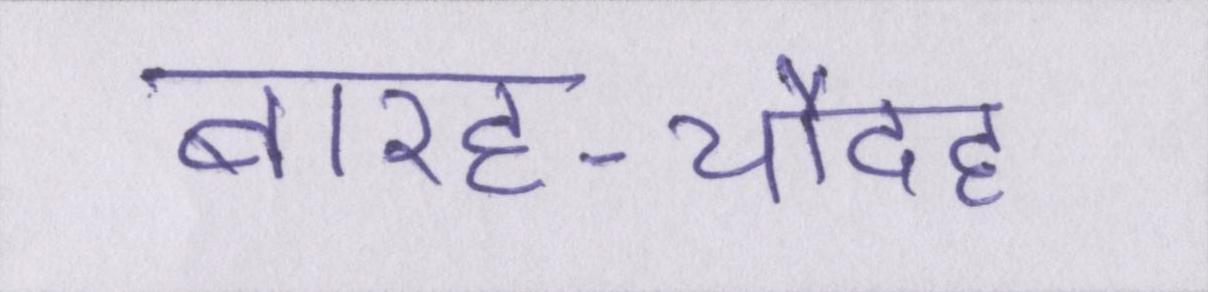
बारह-चौदह